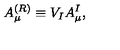
A _ { \mu } ^ { ( R ) } \equiv V _ { I } A _ { \mu } ^ { I } ,